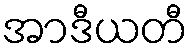
အာဒီယတီ